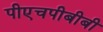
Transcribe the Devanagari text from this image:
पीएचपीबीबी